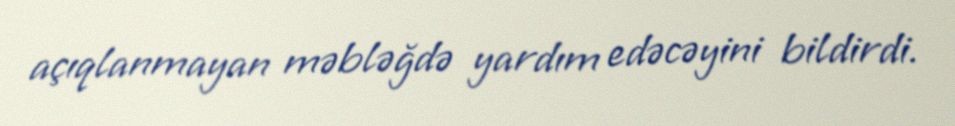
açıqlanmayan məbləğdə yardım edəcəyini bildirdi.